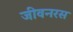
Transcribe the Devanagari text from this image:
जीवनरस